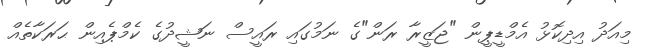
މިއަދު އިދިކޮޅު އެމްޑީޕީން "ޖަޒީރާ ރަން"ގެ ނަމުގައި ރައީސް ނަޝީދުގެ ކެމްޕެއިން ޙަރަކާތެއް